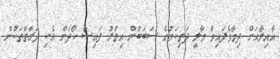
އާއިލާއަށް ދިމާވެފައިވާ މާލީ ދަތިކަމުގެ ސަބަބުން އިތުރު ފައިސާ ހޯދަން އެކި ފަރާތްތަކުން